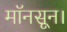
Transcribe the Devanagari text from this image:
मॉनसून।